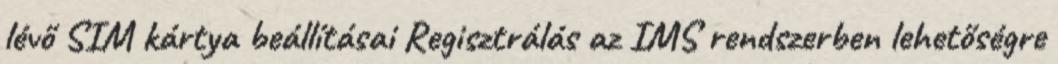
lévő SIM kártya beállításai Regisztrálás az IMS rendszerben lehetőségre